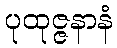
ပုထုဇ္ဇနာနံ